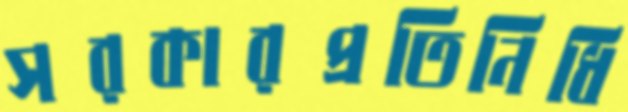
সরকারপ্রতিনিধি